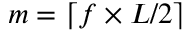
m = \lceil f \times L / 2 \rceil